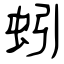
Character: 蚓